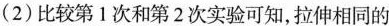
(2)比较第1次和第2次实验可知，拉伸相同的